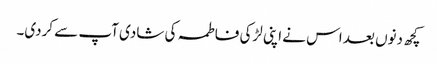
کچھ دنوں بعد اس نے اپنی لڑکی فاطمہ کی شادی آپ سے کردی۔